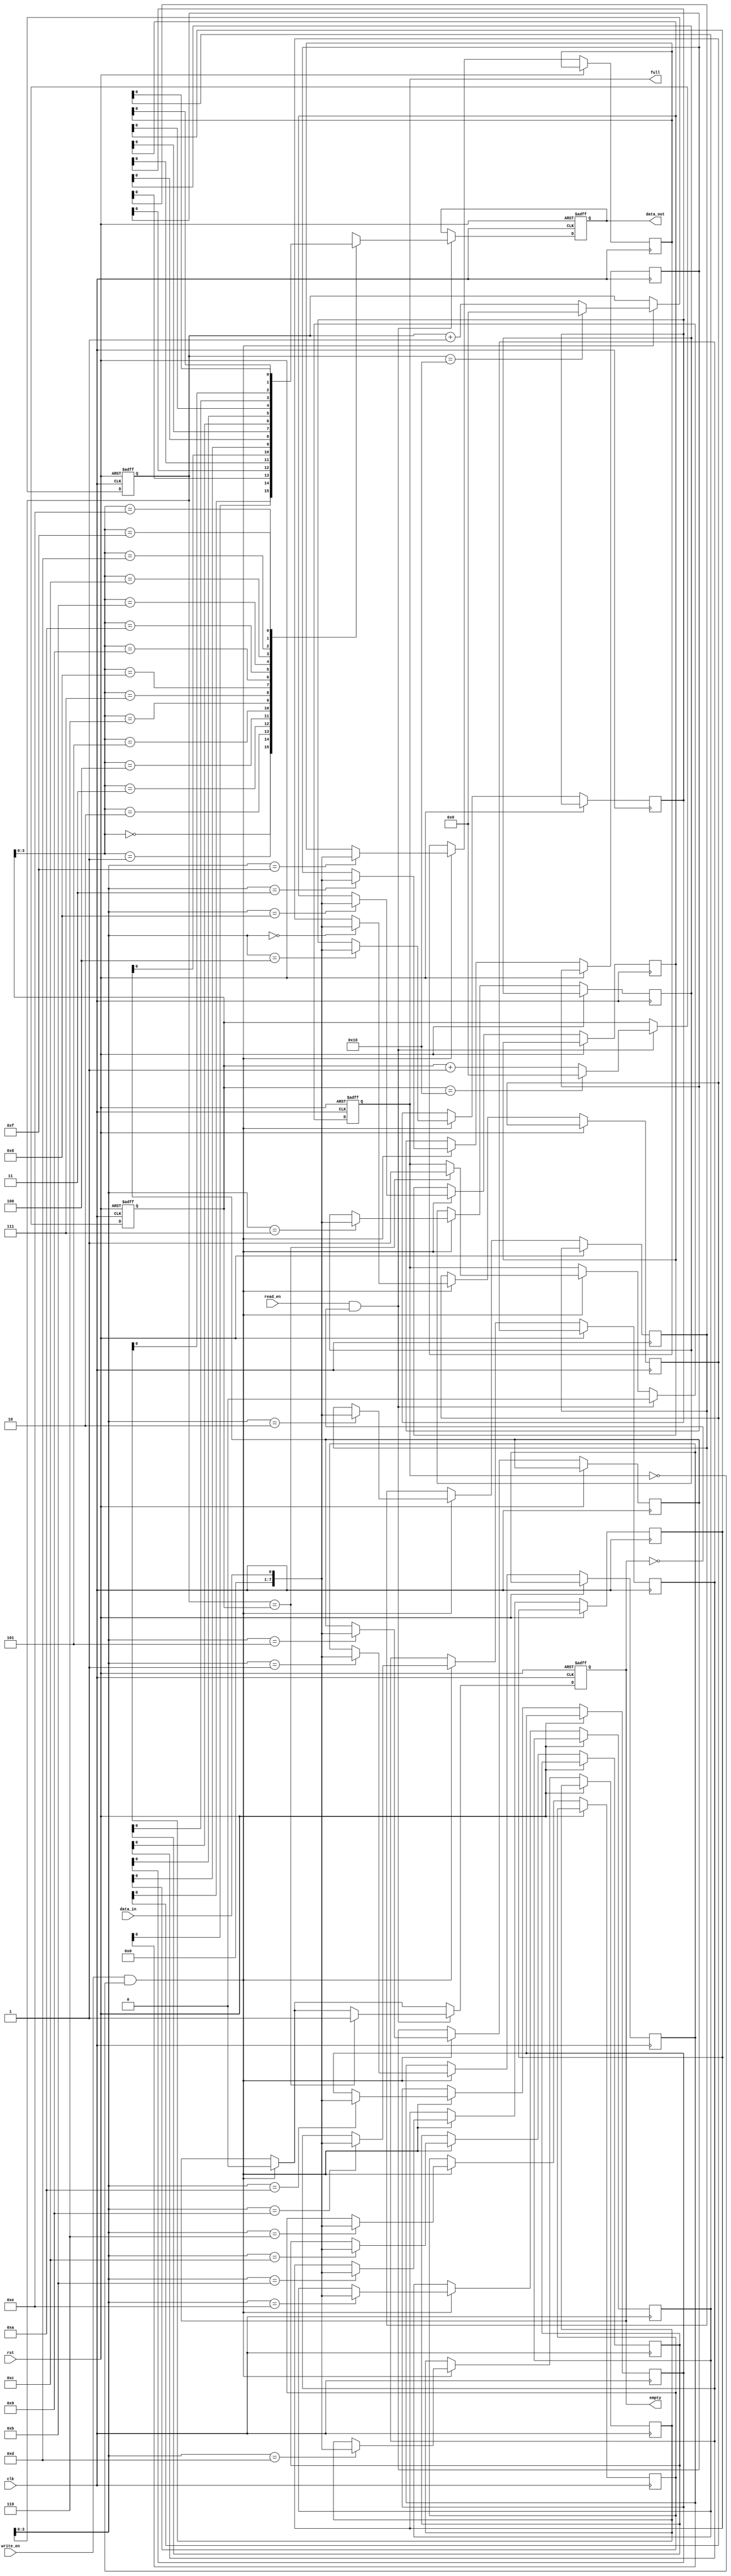
module asynchronous_fifo (
    input wire clk,
    input wire rst,
    input wire write_en,
    input wire read_en,
    input wire data_in,
    output reg data_out,
    output reg full,
    output reg empty
);

parameter FIFO_DEPTH = 16;
reg [7:0] fifo [0:FIFO_DEPTH-1];
reg [4:0] write_ptr;
reg [4:0] read_ptr;

initial begin
    write_ptr = 0;
    read_ptr = 0;
    full = 0;
    empty = 1;
end

always @(posedge clk or posedge rst) begin
    if (rst) begin
        write_ptr <= 0;
        read_ptr <= 0;
        full <= 0;
        empty <= 1;
        data_out <= 0;
    end else begin
        // Write operation
        if (write_en && !full) begin
            fifo[write_ptr] <= data_in;
            write_ptr <= write_ptr + 1;
            if (write_ptr == FIFO_DEPTH) begin
                write_ptr <= 0;
            end
            empty <= 0;
            if (write_ptr == read_ptr) begin
                full <= 1;
            end
        end
        
        // Read operation
        if (read_en && !empty) begin
            data_out <= fifo[read_ptr];
            read_ptr <= read_ptr + 1;
            if (read_ptr == FIFO_DEPTH) begin
                read_ptr <= 0;
            end
            full <= 0;
            if (write_ptr == read_ptr) begin
                empty <= 1;
            end
        end
    end
end

endmodule